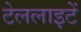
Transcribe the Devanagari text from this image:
टेललाइटें